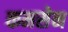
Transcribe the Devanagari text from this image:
कमसेन